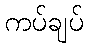
ကပ်ချပ်